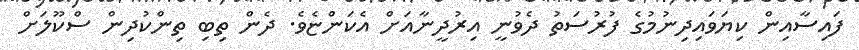
ފައިސާއިން ކިޔަވައިދިނުމުގެ ފުރުސަތު ދެވުނީ އިރުދީނާއަށް އެކަންޏެވެ. ދެން ތިބި ތިންކުދިން ސްކޫލަށް